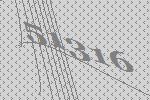
51316